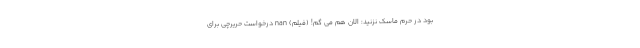
بود در حرم ماسک نزنید: الان هم می گم! (فیلم) nan درخواست حریرچی برای